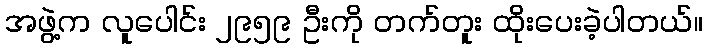
အဖွဲ့က လူပေါင်း ၂၉၅၉ ဦးကို တက်တူး ထိုးပေးခဲ့ပါတယ်။